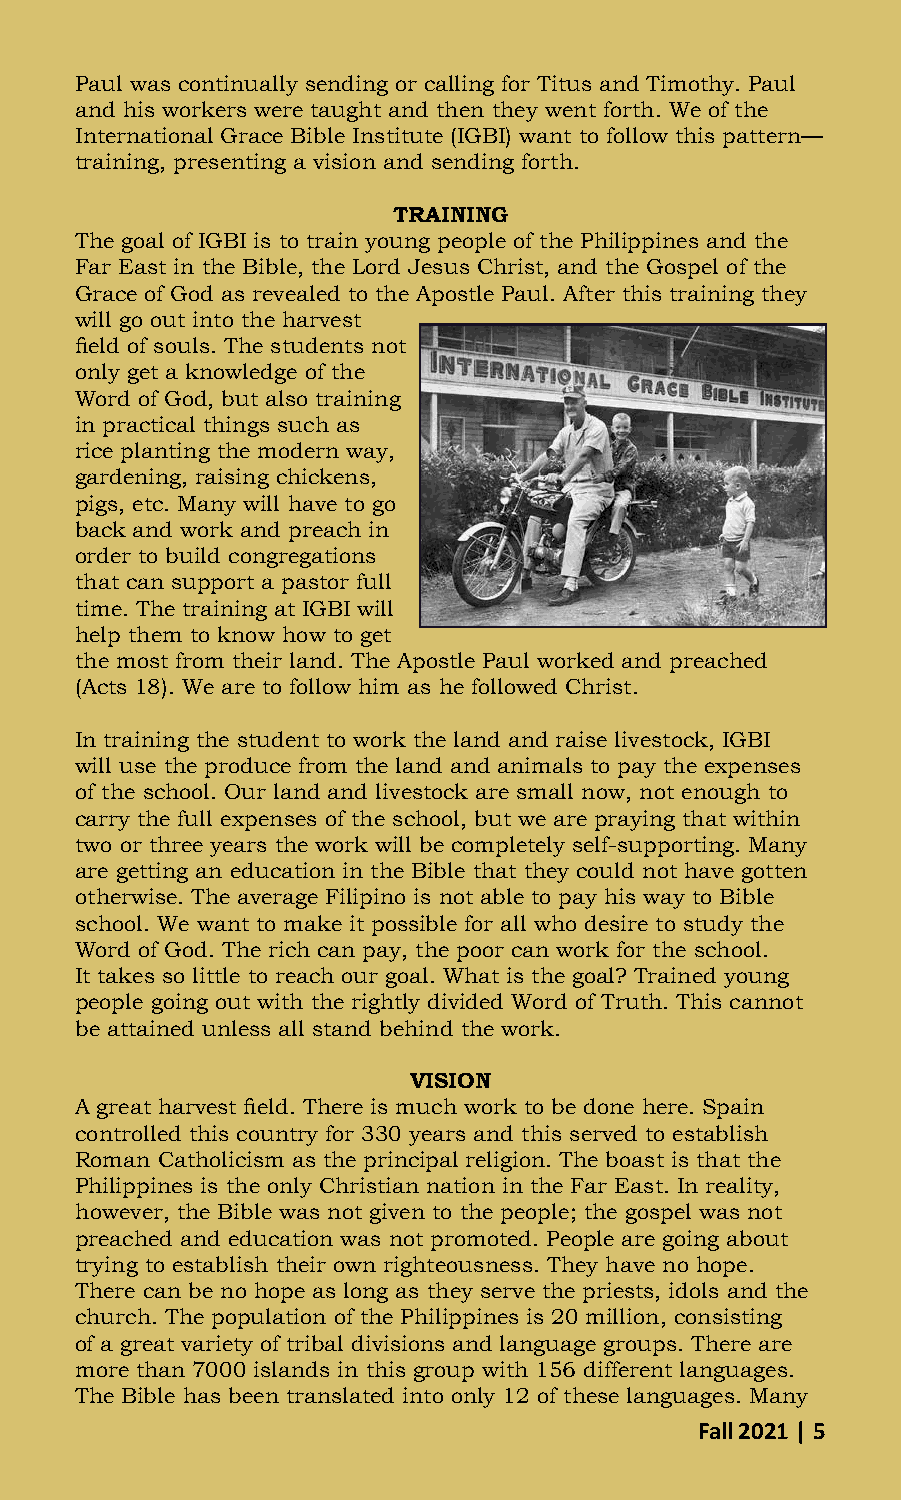
Paul was continually sending or calling for Titus and Timothy. Paul
 and his workers were taught and then they went forth. We of the
 International Grace Bible Institute (IGBI) want to follow this pattern—
 training, presenting a vision and sending forth.
 TRAINING
 The goal of IGBI is to train young people of the Philippines and the
 Far East in the Bible, the Lord Jesus Christ, and the Gospel of the
 Grace of God as revealed to the Apostle Paul. After this training they
 will go out into the harvest
 field of souls. The students not
 only get a knowledge of the
 Word of God, but also training
 in practical things such as
 rice planting the modern way,
 gardening, raising chickens,
 pigs, etc. Many will have to go
 back and work and preach in
 order to build congregations
 that can support a pastor full
 time. The training at IGBI will
 help them to know how to get
 the most from their land. The Apostle Paul worked and preached
 (Acts 18). We are to follow him as he followed Christ.
 In training the student to work the land and raise livestock, IGBI
 will use the produce from the land and animals to pay the expenses
 of the school. Our land and livestock are small now, not enough to
 carry the full expenses of the school, but we are praying that within
 two or three years the work will be completely self-supporting. Many
 are getting an education in the Bible that they could not have gotten
 otherwise. The average Filipino is not able to pay his way to Bible
 school. We want to make it possible for all who desire to study the
 Word of God. The rich can pay, the poor can work for the school.
 It takes so little to reach our goal. What is the goal? Trained young
 people going out with the rightly divided Word of Truth. This cannot
 be attained unless all stand behind the work.
 VISION
 A great harvest field. There is much work to be done here. Spain
 controlled this country for 330 years and this served to establish
 Roman Catholicism as the principal religion. The boast is that the
 Philippines is the only Christian nation in the Far East. In reality,
 however, the Bible was not given to the people; the gospel was not
 preached and education was not promoted. People are going about
 trying to establish their own righteousness. They have no hope.
 There can be no hope as long as they serve the priests, idols and the
 church. The population of the Philippines is 20 million, consisting
 of a great variety of tribal divisions and language groups. There are
 more than 7000 islands in this group with 156 different languages.
 The Bible has been translated into only 12 of these languages. Many
 Fall 2021 | 5